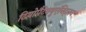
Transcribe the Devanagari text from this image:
टियोपैंटेक्युएंनिट्लन